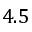
4 . 5